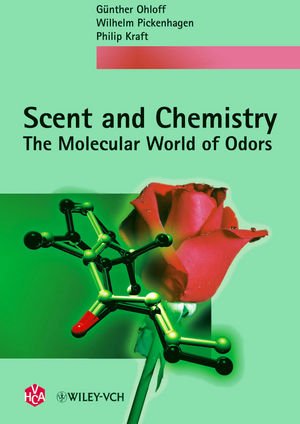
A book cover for Scent and Chemistry; GÃ¼nther Ohloff; Science & Math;